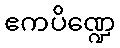
ဧကပိဏ္ဍေ